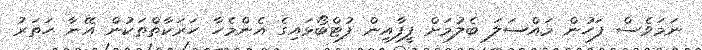
ނަމަވެސް ފަހުން މައްސަލަ ބެލުމަށް ފީފާއިން ފުޓްބޯޅައިގެ އެންމެހާ ހަރަކާތްތަކުން އޭނާ ހަތަރު